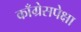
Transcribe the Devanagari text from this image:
काँग्रेसपेक्षा